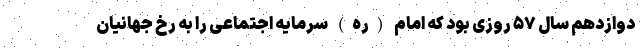
دوازدهم سال ۵۷ روزی بود که امام (ره) سرمایه اجتماعی را به رخ جهانیان